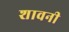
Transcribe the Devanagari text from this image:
शावनी